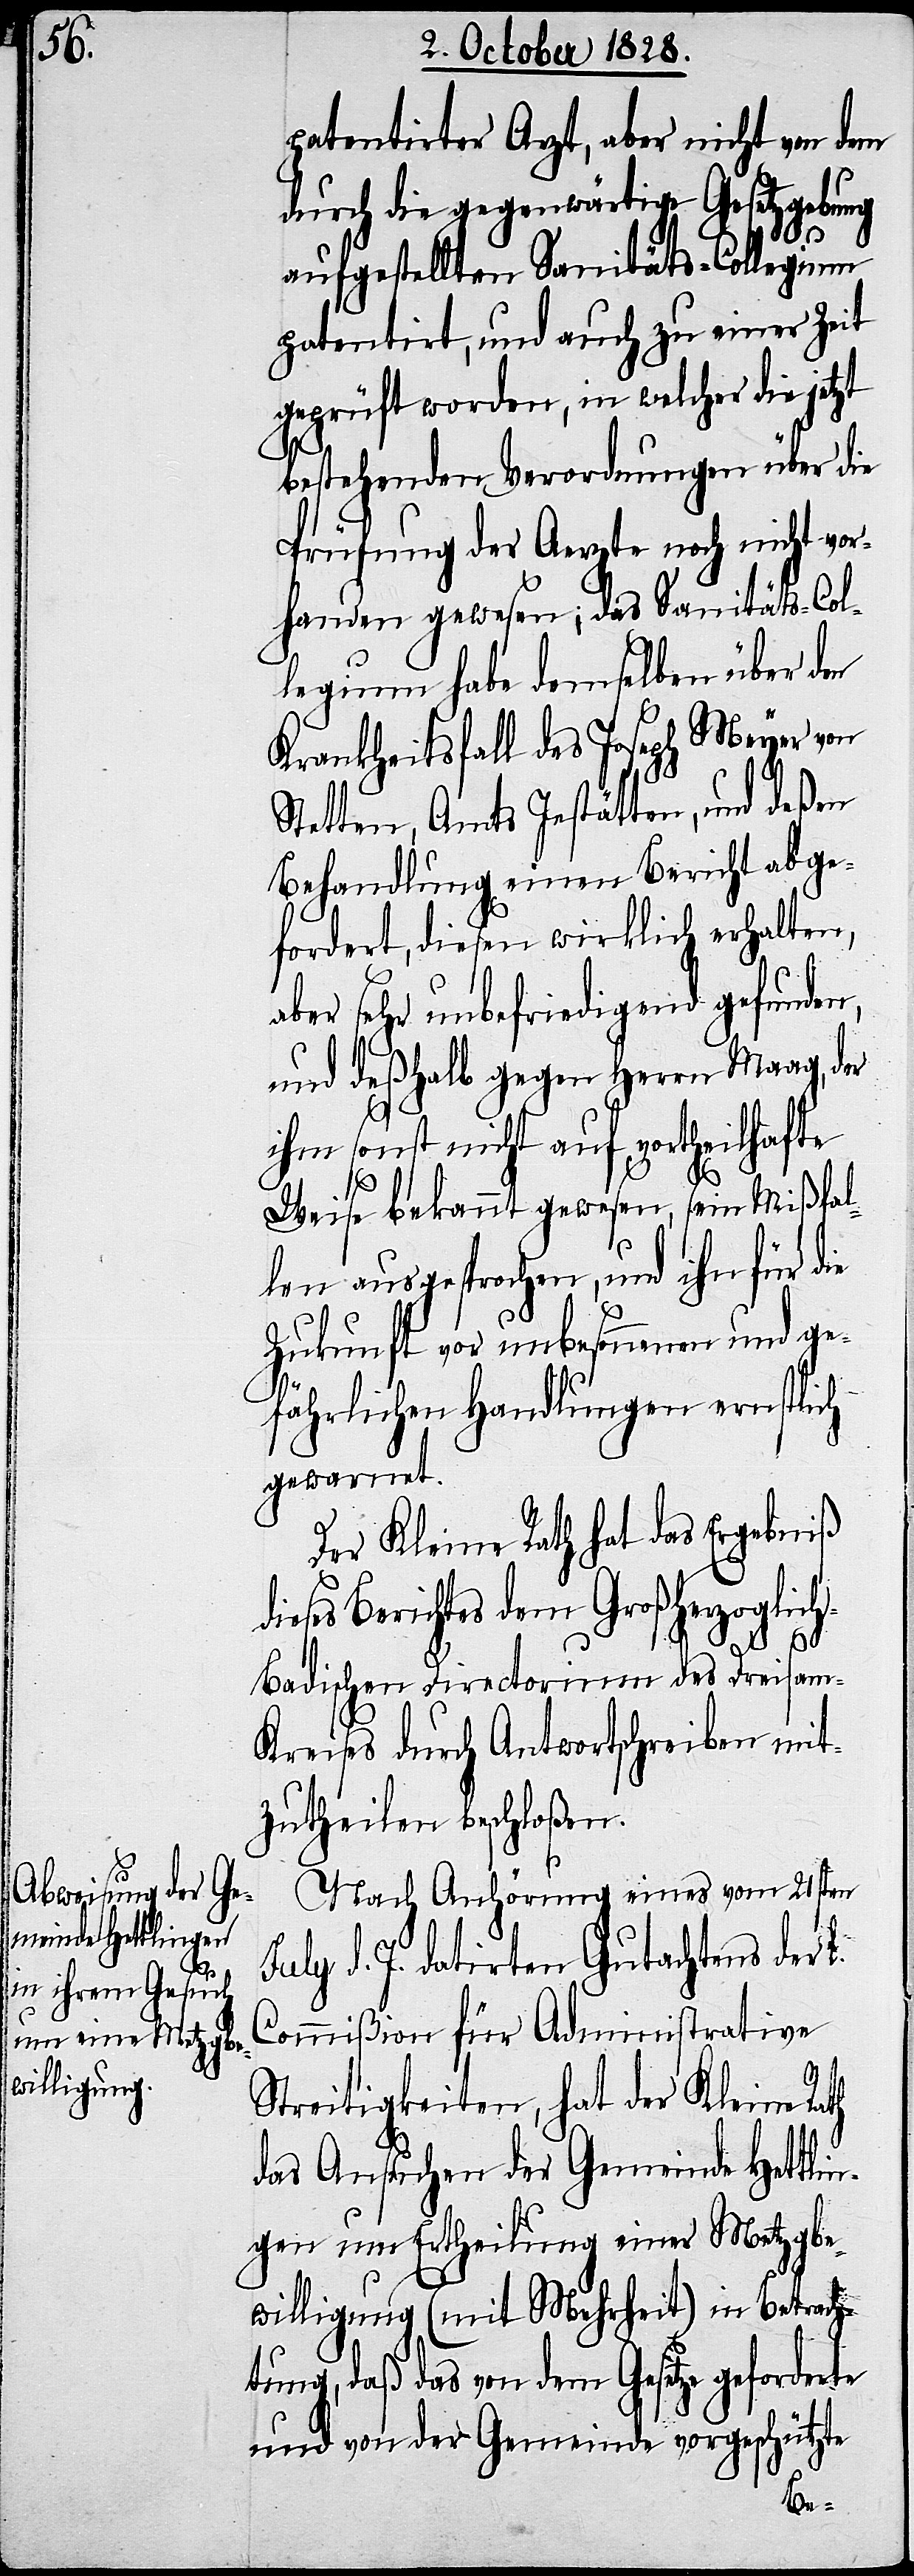
patentirter Arzt, aber nicht von dem
durch die gegenwärtige Gesetzgebung
aufgestellten Sanitäts-Collegium
patentirt, und auch zu einer Zeit
geprüft worden, in welcher die jetzt
bestehenden Verordnungen über die
Prüfung der Aerzte noch nicht vor¬
handen gewesen; das Sanitäts-Col¬
legium habe demselben über den
Krankheitsfall des Joseph Meyer von
Stetten, Amts Jestätten, und deßen
Behandlung einen Bericht abge¬
fordert, diesen wirklich erhalten,
aber sehr unbefriedigend gefunden,
und deßhalb gegen Herrn Maag, der
ihm sonst nicht auf vortheilhafte
Weise bekannt gewesen, sein Mißfal¬
len ausgesprochen, und ihn für die
Zukunft vor unbesonnenen und ge¬
fährlichen Handlungen ernstlich
gewarnet.
Der Kleine Rath hat das Ergebniß
dieses Berichtes dem Großherzoglic¬
h-Badischen Directorium des Dreisam-K¬
reises durch Antwortschreiben mit¬
zutheilen beschloßen.
Nach Anhörung eines vom 21sten
July d. J. datirten Gutachtens der L.
Commißion für Administrative
Streitigkeiten, hat der Kleine Rath
das Ansuchen der Gemeinde Hettlin¬
gen um Ertheilung einer Metzgbe¬
willigung (mit Mehrheit) in Betrach¬
tung, daß das von dem Gesetze geforderte
und von der Gemeinde vorgeschützte